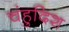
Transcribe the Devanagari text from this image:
चंहुदिश